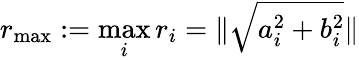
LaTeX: r_{\mathrm{max}}:=\operatorname*{max}_{i}r_{i}=\| \sqrt{a_{i}^{2}+b_{i}^{2}}\|